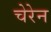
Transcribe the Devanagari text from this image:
चेरेन